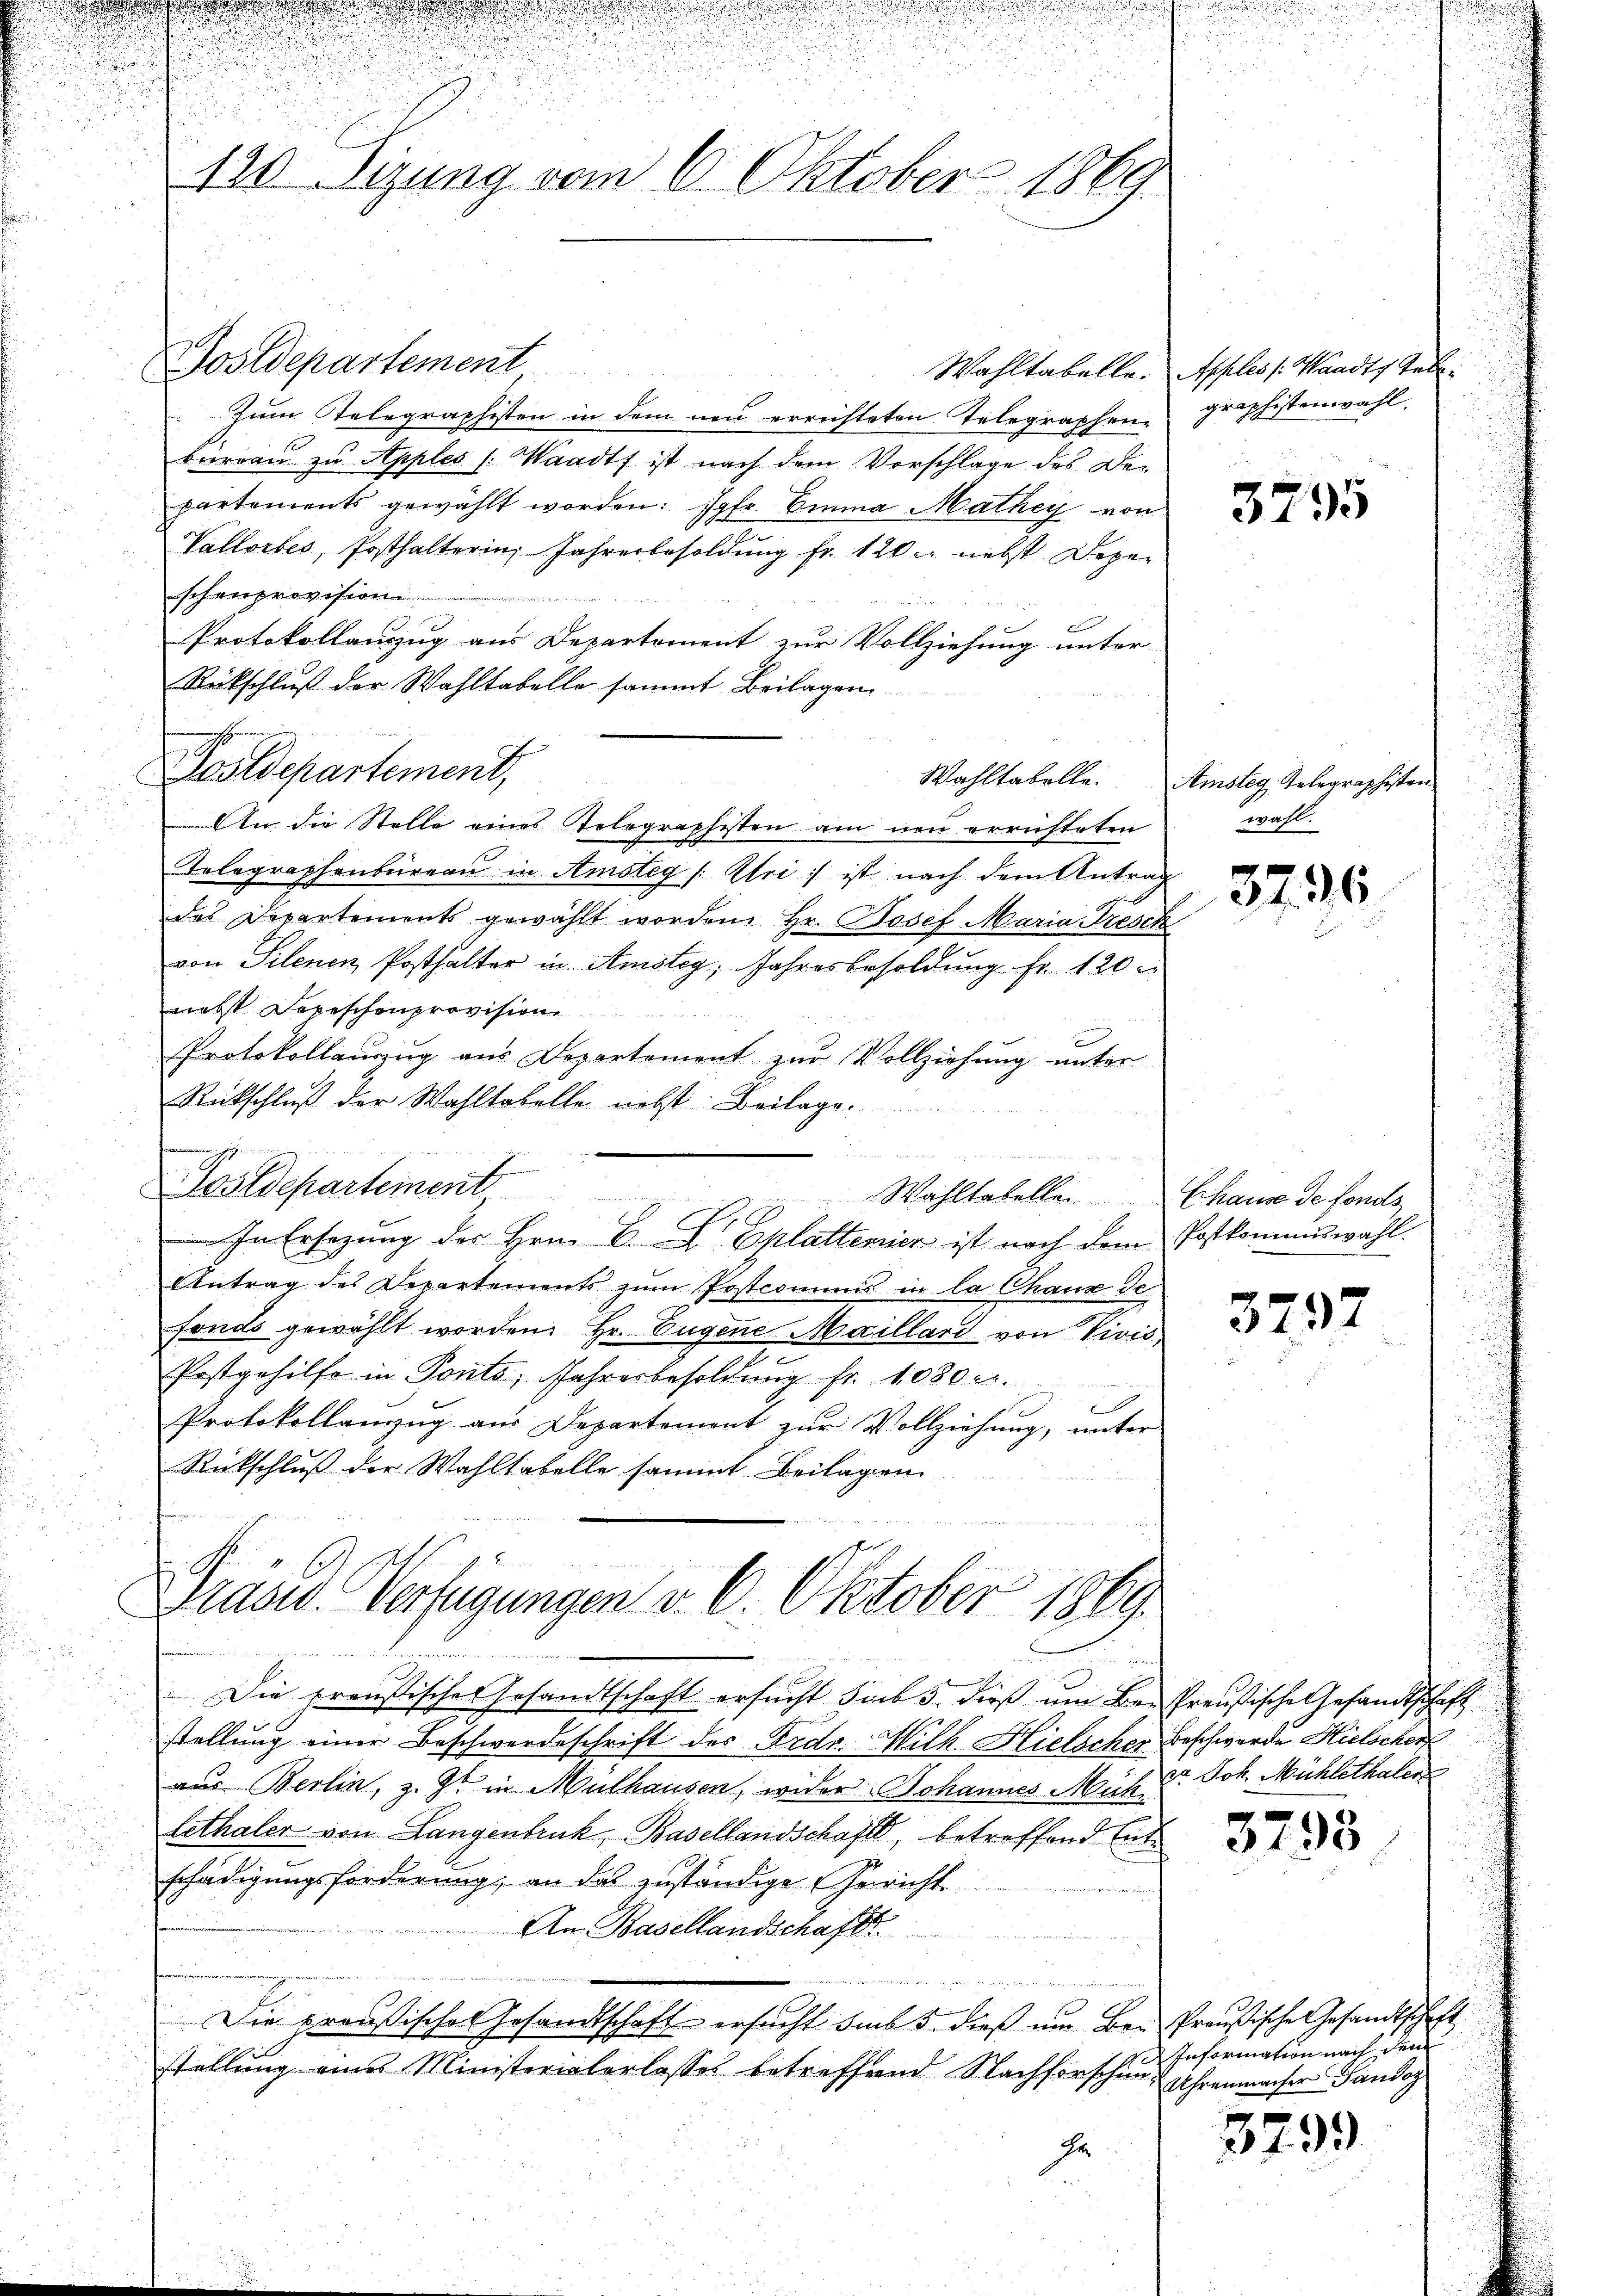
.
u

Postdepartement

120 Sizung vom 6. Oktober 1869

zum Telegraphisten in dem neu errichteten Telegraphen-
Büreau zu Apples (Waadt ist nach dem Vorschlage des De-
partements gewählt worden: Jgfr. Emma Mathey von
Vallorbes, Posthalterin, Jahresbesoldung fr. 120. nebst Depar
schenprovision
Protokollauszug aus Departement zur Vollziehung unter
Rückschluß der Wahltabelle sammt Beilagen
An die Stelle eines Telegraphisten am neu errichteten
Telegraphenbüreau in Amsteg /: Uri :/ ist nach dem Antrag
des Departements gewählt worden Hr. Josef Maria Dresch
von Silenen Posthalter in Amsteg, Jahresbesoldung fr. 120.
niebt Depeschenprovision
Protokollauszug aus Departement zur Vollziehung unter
Rückschluß der Wahltabelle nebst Beilage.
E
Postdepartement
Wahltabellen Chause de fonds
In Ersezung der Hrn. E. E. Eplattenier ist nach dem Postkommuwahl.
Antrag des Departements zum Postcommis in la Chaux de
fonds gewählt worden. Hr. Eugene Maillard von Vivis,
Postgehilfe in Ponto, Jahresbesoldung Fr. 1080 c.
Protokollanzug aus Departement zur Vollziehung, unter
Rückschluß der Wahltabelle sammt Beilagen

Postdepartement,

Draves Verfügungen v. 6. Oktober 1869.

Die preußische Gesandtschaft ersucht sub 5. dieß um Bei Preußische Gesandtschaft
stellung einer Beschwerdeschrift des Fedr. Hilk. Hielscher Beschwerde Hielscher
aus Berlin, z. Zt. in Mülhausen, wider Johannes Mühe Joh. Mühlethaler
lethaler von Langenbruck, Basellandschaft, betreffend Entschädigungsforderung, an das zuständige Gericht
An Basellandschaft.
i
Die preußisches Gesandtschaft ersucht sub 5. dieß um Be- Preußische Gesandtschaft
stellung eines Ministerialerlasses betreffend Nachforschung Uhrenmacher Gandog
Ge

Wahltabelle. Apples /: Waadt, Gebe
graphistenwahl.

3295

Wahltabelle. Ainsteg, Telegraphisten
wahl.

3796

3797

3793

Information nach dem

3799